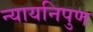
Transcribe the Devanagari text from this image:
न्यायनिपुण